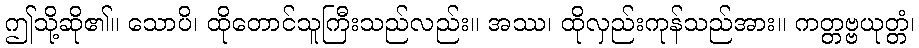
ဤသို့ဆို၏။ သောပိ၊ ထိုတောင်သူကြီးသည်လည်း။ အဿ၊ ထိုလှည်းကုန်သည်အား။ ကတ္တဗ္ဗယုတ္တံ၊